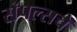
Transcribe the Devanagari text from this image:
सँपल्सचे